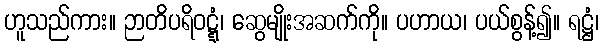
ဟူသည်ကား။ ဉာတိပရိဝဋ္ဋံ၊ ဆွေမျိုးအဆက်ကို။ ပဟာယ၊ ပယ်စွန့်၍။ ရဋ္ဌံ၊